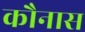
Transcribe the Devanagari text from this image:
कौनास